Insane asylums Bombay 1873-77 - 1873-1877
Year: 1873
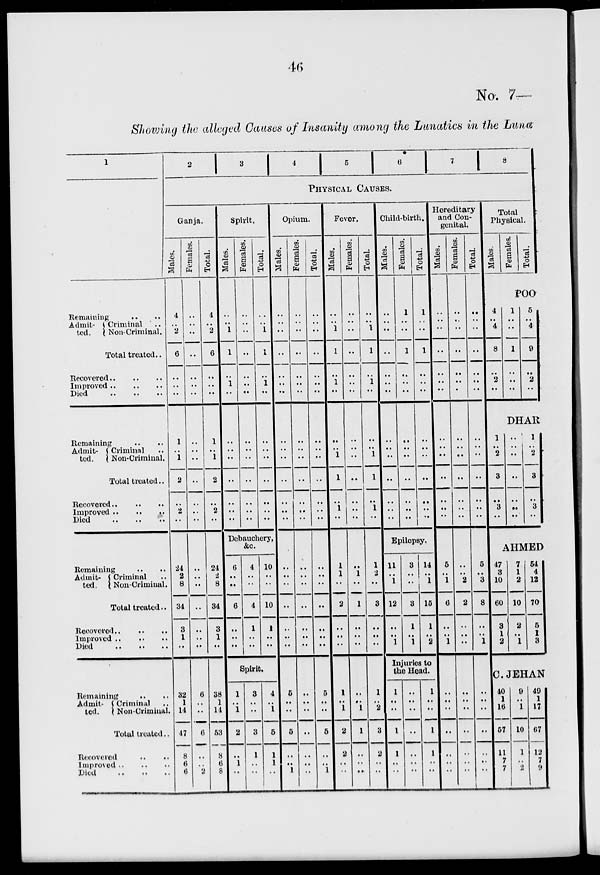
46
No. 7—
Showing the alleged Causes of Insanity among the Lunatics in the Luna
1
Remaining
..
..
Admit-
ted.
Criminal ..
Non-Criminal.
Total treated ..
Recovered .. .. ..
Improved .. .. ..
Died .. .. .. ..
Remaining .. ..
Admit-
ted.
Criminal ..
Non-Criminal.
Total treated ..
Recovered .. .. ..
Improved .. .. ..
Died .. .. ..
Remaining .. ..
Admit-
ted.
Criminal
..
Non-Criminal.
Total treated ..
Recovered .. .. ..
Improved
..
..
..
Died .. .. ..
Remaining .. ..
Admit-
ted.
Criminal ..
Non-Criminal.
Total treated ..
Recovered
..
..
Improved
..
..
..
Died
..
..
..
2
3
4
5
6
7
8
PHYSICAL CAUSES.
Ganja.
Males.
4
..
2
6
..
..
..
1
..
1
2
..
2
..
24
2
8
34
3
1
..
32
1
14
47
8
6
6
Females.
..
..
..
..
..
..
..
..
..
..
..
..
..
..
..
..
..
..
..
..
..
6
..
..
6
..
..
2
Total.
4
..
2
6
..
..
..
1
..
1
2
..
2
..
24
2
8
34
3
1
..
38
1
14
53
8
6
8
Spirit.
Males.
..
..
1
1
..
1
..
..
..
..
..
..
..
..
Females.
..
..
..
..
..
..
..
..
..
..
..
..
..
..
Total.
..
..
1
1
..
1
..
..
..
..
..
..
..
..
Debauchery,
&c.
6
..
..
6
..
..
..
4
..
..
4
1
..
..
10
..
..
10
1
..
..
Spirit.
1
..
1
2
..
1
..
3
..
..
3
1
..
..
4
..
1
5
1
1
..
Opium.
Males.
..
..
..
..
..
..
..
..
..
..
..
..
..
..
..
..
..
..
..
..
..
5
..
..
5
..
..
1
Females.
..
..
..
..
..
..
..
..
..
..
..
..
..
..
..
..
..
..
..
..
..
..
..
..
..
..
..
..
Total.
..
..
..
..
..
..
..
..
..
..
..
..
..
..
..
..
..
..
..
..
..
5
..
..
5
..
..
1
Fever.
Males.
..
..
1
1
..
1
..
..
..
1
1
..
1
..
1
1
..
2
..
..
..
1
..
1
2
2
..
..
Females.
..
..
..
..
..
..
..
..
..
..
..
..
..
..
..
1
..
1
..
..
..
..
..
1
1
..
..
..
Total.
..
..
1
1
..
1
..
..
..
1
1
..
1
..
1
2
..
3
..
..
..
1
..
2
3
2
..
..
Child-birth.
Males.
..
..
..
..
..
..
..
..
..
..
..
..
..
..
Females.
1
..
..
1
..
..
..
..
..
..
..
..
..
..
Total.
1
..
..
1
..
..
..
..
..
..
..
..
..
..
Epilepsy.
11
..
1
12
..
..
1
3
..
..
3
1
..
1
14
..
1
15
1
..
2
Injuries to
the Head.
1
..
..
1
1
..
..
..
..
..
..
..
..
..
1
..
..
1
1
..
..
Hereditary
and Con-
genital.
Males.
..
..
..
..
..
..
..
..
..
..
..
..
..
..
5
..
1
6
..
..
1
..
..
..
..
..
..
..
Females.
..
..
..
..
..
..
..
..
..
..
..
..
..
..
..
..
2
2
..
..
..
..
..
..
..
..
..
..
Total.
..
..
..
..
..
..
..
..
..
..
..
..
..
..
5
..
3
8
..
..
1
..
..
..
..
..
..
..
Total
Physical.
Males.
Females.
Total.
POO
4
..
4
8
..
2
..
1
..
..
1
..
..
..
5
..
4
9
..
2
..
DHAR
1
..
2
3
..
3
..
..
..
..
..
..
..
..
1
..
2
3
..
3
..
AHMED
47
3
10
60
3
1
2
7
1
2
10
2
..
1
54
4
12
70
5
1
3
C. JEHAN
40
1
16
57
11
7
7
9
..
1
10
1
..
2
49
1
17
67
12
7
9